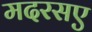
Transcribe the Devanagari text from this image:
मदरसए